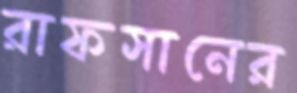
রাফসানের